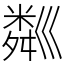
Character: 𥻘